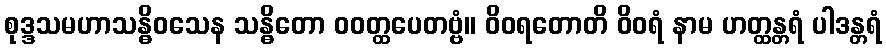
စုဒ္ဒသမဟာသန္ဓိဝသေန သန္ဓိတော ဝဝတ္ထပေတဗ္ဗံ။ ဝိဝရတောတိ ဝိဝရံ နာမ ဟတ္ထန္တရံ ပါဒန္တရံ